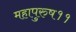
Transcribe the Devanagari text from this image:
महापुरुष११